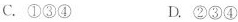
C.①③④ D.②③④